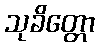
သုခိတ္တော